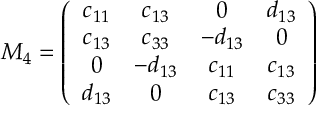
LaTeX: M _ { 4 } = \left( \begin{array} { c c c c } { { c _ { 1 1 } } } & { { c _ { 1 3 } } } & { { 0 } } & { { d _ { 1 3 } } } \\ { { c _ { 1 3 } } } & { { c _ { 3 3 } } } & { { - d _ { 1 3 } } } & { { 0 } } \\ { { 0 } } & { { - d _ { 1 3 } } } & { { c _ { 1 1 } } } & { { c _ { 1 3 } } } \\ { { d _ { 1 3 } } } & { { 0 } } & { { c _ { 1 3 } } } & { { c _ { 3 3 } } } \end{array} \right)